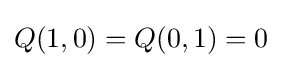
Q(1,0)=Q(0,1)=0